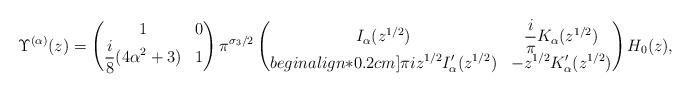
LaTeX: \begin{align*}\Upsilon^{(\alpha)}(z) = \begin{pmatrix}1 & 0 \\ \displaystyle \frac{i}{8}(4\alpha^2+3) & 1\end{pmatrix} \pi^{\sigma_{3}/2} \begin{pmatrix}\displaystyle I_{\alpha}(z^{1/2}) & \displaystyle \frac{i}{\pi}K_{\alpha}(z^{1/2}) \\begin{align*}0.2cm]\displaystyle \pi i z^{1/2}I_{\alpha}^{\prime}(z^{1/2}) & \displaystyle -z^{1/2}K_{\alpha}^{\prime}(z^{1/2})\end{pmatrix} H_{0}(z),\end{align*}